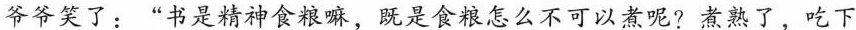
爷爷笑了：”书是精神食粮嘛，既是食粮怎么不可以煮呢?煮熟了，吃下